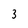
Character: 3